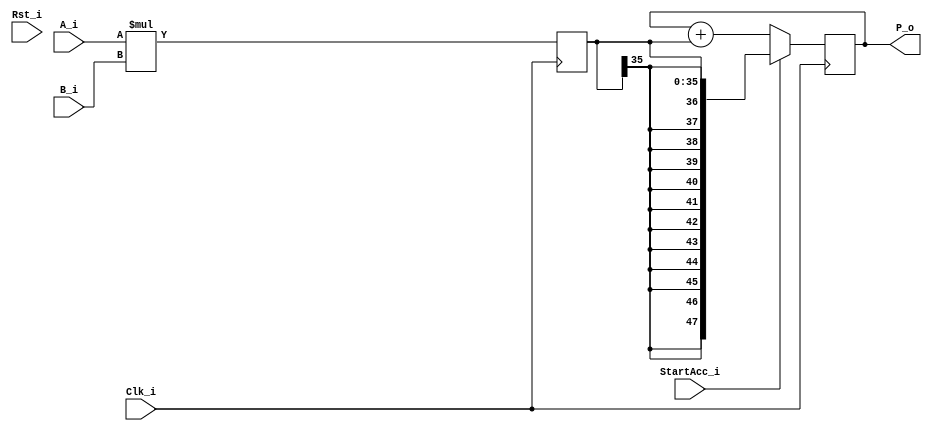
module maccBlock(
	input Rst_i,
	input Clk_i,
	
	input StartAcc_i,
	
	input signed [17:0] A_i,
	input signed [17:0] B_i,
	
	output signed [47:0] P_o
);

	reg signed [35:0] m;
	always @ (posedge Clk_i)
		m <= A_i * B_i;
		
	reg signed [47:0] p;
	always @ (posedge Clk_i)
		if (StartAcc_i)
			p <= m;
		else
			p <= p + m;
		
	assign P_o = p;

endmodule